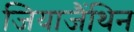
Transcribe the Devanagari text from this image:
जियाजैंथिन